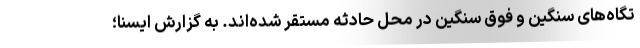
تگاه‌های سنگین و فوق سنگین در محل حادثه مستقر شده‌اند. به گزارش ایسنا؛